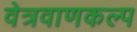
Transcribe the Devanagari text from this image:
वेत्रवाणकल्प